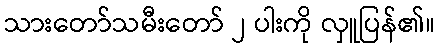
သားတော်သမီးတော် ၂ ပါးကို လှူပြန်၏။